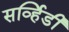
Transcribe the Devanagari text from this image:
सर्व्हिडी